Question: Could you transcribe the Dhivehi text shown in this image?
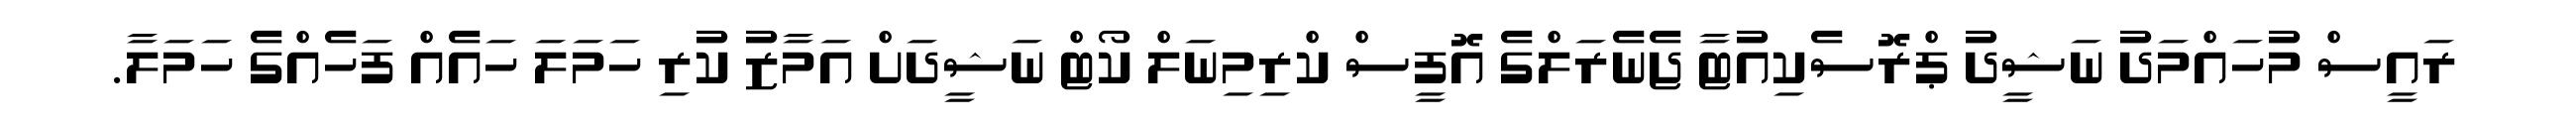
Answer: ރައީސް މުހައްމަދު ނަޝީދު ޕްރޮސެކިއުޓާ ޖެނެރަލްގެ އޮފީސް ކްރިމިނަލް ކޯޓް ނަޝީދަށް އަމާޒު ކުރި ހަމަލަ ހައެއް ފަހެއްގެ ހަމަލާ.